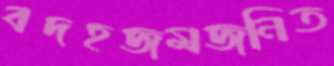
বদহজমজনিত